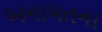
અનામતના